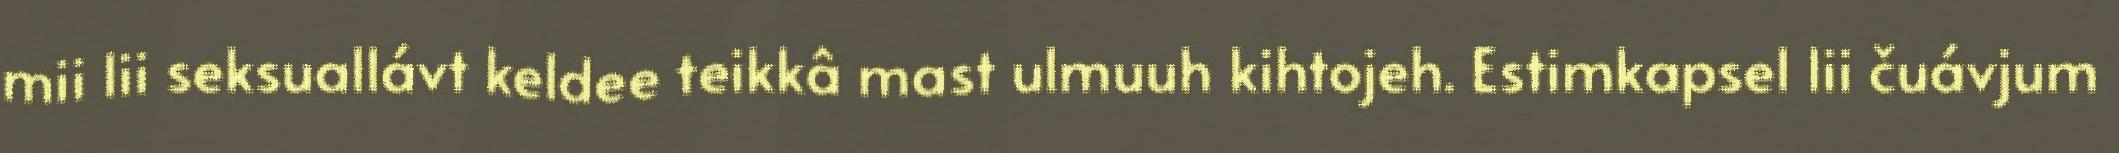
mii lii seksuallávt keldee teikkâ mast ulmuuh kihtojeh. Estimkapsel lii čuávjum